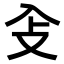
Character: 𠓠